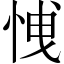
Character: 𢚕